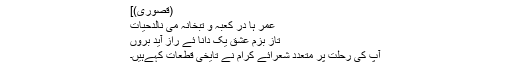
(قصوری)]
عمر ہا در کعبہ و تبخانہ می نالدحیات
تاز بزمِ عشق یک دانا ئے راز آید بُروں
آپ کی رحلت پر متعدد شعرائے کرام نے تایخی قطعات کہےہیں۔